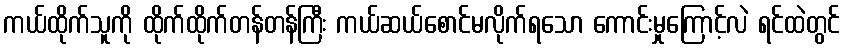
ကယ်ထိုက်သူကို ထိုက်ထိုက်တန်တန်ကြီး ကယ်ဆယ်စောင်မလိုက်ရသော ကောင်းမှုကြောင့်လဲ ရင်ထဲတွင်